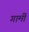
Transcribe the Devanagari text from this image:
गार्मी